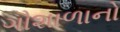
ગૌશાળાનો